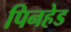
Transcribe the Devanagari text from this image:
पिनहेड